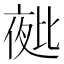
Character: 𭯑